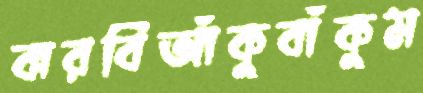
ঝরবিআঁকুবাঁকুম